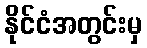
နိုင်ငံအတွင်းမှ